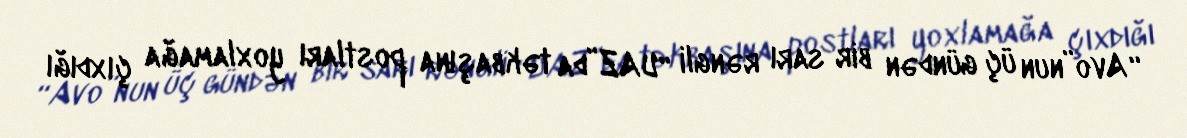
“Avo”nun üç gündən bir sarı rəngli “UAZ”da təkbaşına postları yoxlamağa çıxdığı